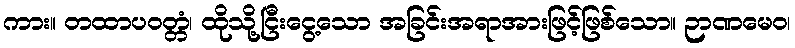
ကား။ တထာပဝတ္တံ၊ ထိုသို့ငြီးငွေ့သော အခြင်းအရာအားဖြင့်ဖြစ်သော။ ဉာဏမေဝ၊